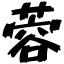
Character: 蓉